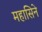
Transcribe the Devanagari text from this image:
महासिने